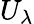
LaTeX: U_{\lambda}